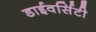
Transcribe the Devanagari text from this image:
डाईवर्सिटी